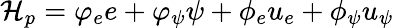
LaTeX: \mathcal{H}_{p}=\varphi_{e}e+\varphi_{\psi}\psi+\phi_{e}u_{e}+\phi_{\psi}u_{\psi}